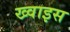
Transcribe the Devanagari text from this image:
ख्वाइस